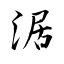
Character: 涺